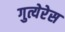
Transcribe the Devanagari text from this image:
गुत्येरेस